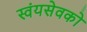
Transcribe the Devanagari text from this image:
स्वंयसेवको